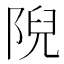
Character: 𨺙